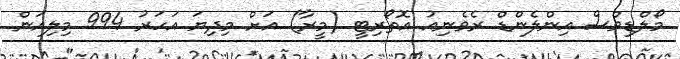
މޯލްޑިވްސް އިންލެންޑް ރެވެނިއު އޮތޯރިޓީ (މީރާ) އަށް މިދިޔަ އަހަރު 994 މިލިއަން